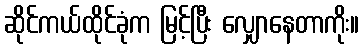
ဆိုင်ကယ်ထိုင်ခုံက မြင့်ပြီး လျှောနေတာကိုး။